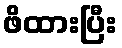
ဖိထားပြီး